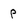
Character: p